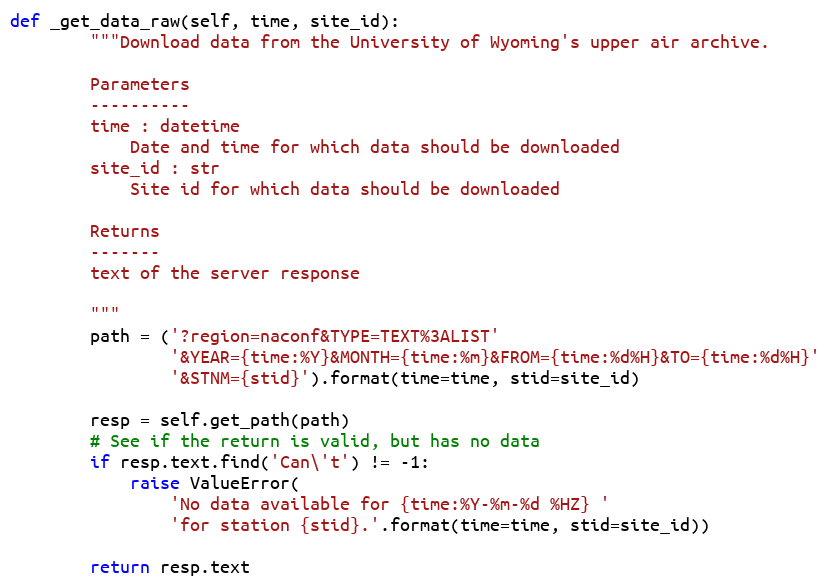
Language: Python
def _get_data_raw(self, time, site_id):
        """Download data from the University of Wyoming's upper air archive.

        Parameters
        ----------
        time : datetime
            Date and time for which data should be downloaded
        site_id : str
            Site id for which data should be downloaded

        Returns
        -------
        text of the server response

        """
        path = ('?region=naconf&TYPE=TEXT%3ALIST'
                '&YEAR={time:%Y}&MONTH={time:%m}&FROM={time:%d%H}&TO={time:%d%H}'
                '&STNM={stid}').format(time=time, stid=site_id)

        resp = self.get_path(path)
        # See if the return is valid, but has no data
        if resp.text.find('Can\'t') != -1:
            raise ValueError(
                'No data available for {time:%Y-%m-%d %HZ} '
                'for station {stid}.'.format(time=time, stid=site_id))

        return resp.text